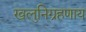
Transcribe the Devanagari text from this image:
खलुनिग्रहणाय